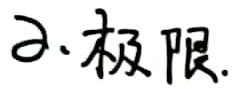
2. 极限.